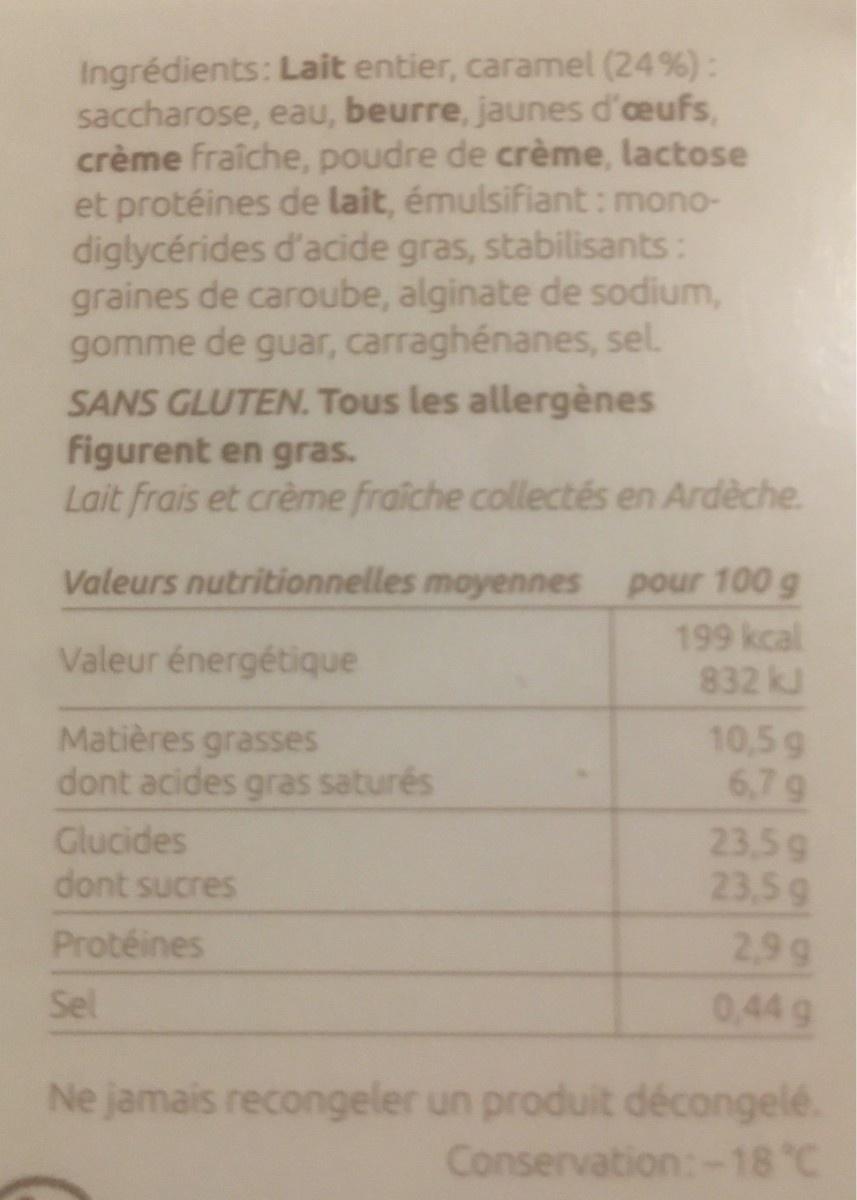
Ingrédients: Lait entier, caramel (24%): saccharose, eau, beurre, jaunes d'eufs, crème fraîche, poudre de crème, lactose et protéines de lait, émulsifiant: mono- diglycérides d'acide gras, stabilisants: graines de caroube, alginate de sodium, gomme de guar, carraghénanes, sel. SANS GLUTEN. Tous les allergènes figurent en gras. Lait frais et crème fraiche collectés en Ardèche.
Valeurs nutritionnelles moyennes
pour 100 g
199 kcal 832 kJ
Valeur énergétique
Matières grasses dont acides gras saturés
10,5 g 6,7 g
Glucides
23,5 g 23,5 g
dont sucres
Protéines
2,9 g
Sel
0,44 g
Ne jamais recongeler un produit décongelé.
Conservation:-18°C